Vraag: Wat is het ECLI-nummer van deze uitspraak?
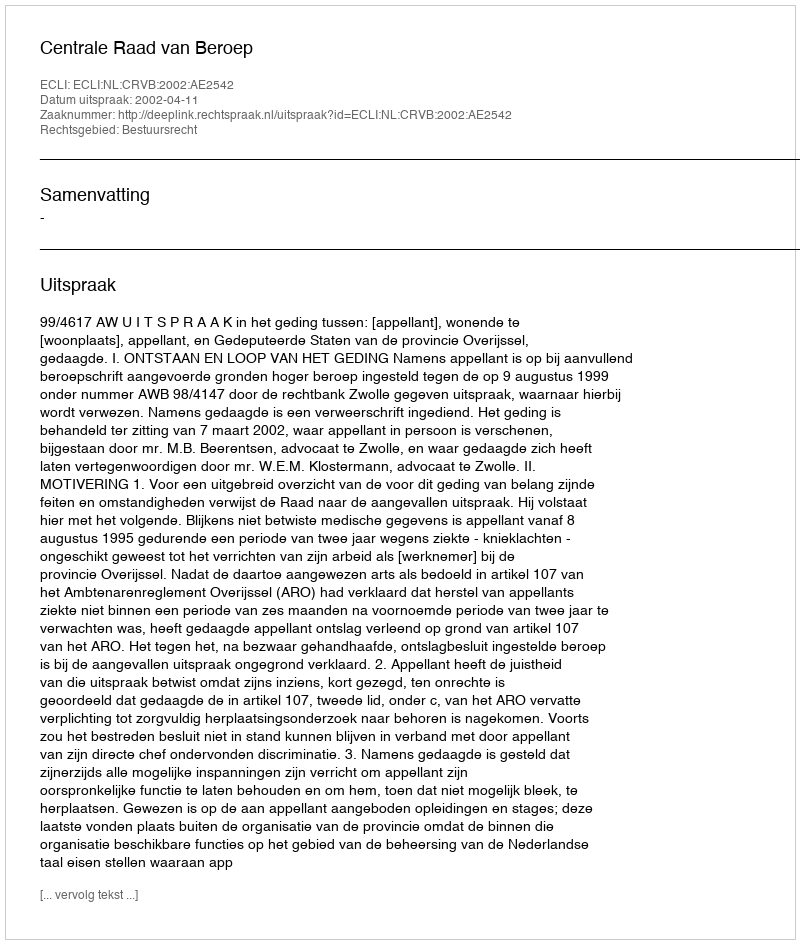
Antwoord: ECLI:NL:CRVB:2002:AE2542